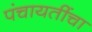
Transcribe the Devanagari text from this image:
पंचायतींचा